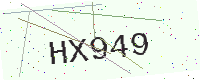
Text: HX949